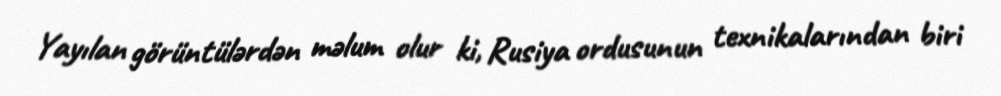
Yayılan görüntülərdən məlum olur ki, Rusiya ordusunun texnikalarından biri